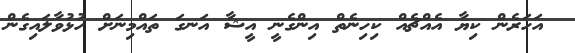
އަހަރެން ކިޔާ އެއްޗެއް ކިހިނެތް އިންގެނީ އީޝާ އަނގަ ތައްމިނަށް ހުޅުވާލައިގެން